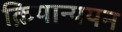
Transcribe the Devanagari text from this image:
क्रियान्ययन